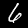
Label: 6